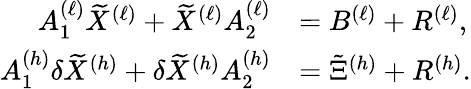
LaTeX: \begin{array}{rl}{A_{1}^{(\ell)}\widetilde{X}^{(\ell)}+\widetilde{X}^{(\ell)}A_{2}^{(\ell)}}&{=B^{(\ell)}+R^{(\ell)},}\\ {A_{1}^{(h)}\delta\widetilde{X}^{(h)}+\delta\widetilde{X}^{(h)}A_{2}^{(h)}}&{=\tilde{\Xi}^{(h)}+R^{(h)}.}\end{array}